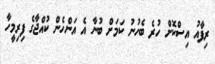
ރިފާއު އިސްކޮށް ހުރެ ބެހުނު ކަމަށް ބުނާ އެ އަންހެން ކުއްޖާގެ ފިރިމީހާ